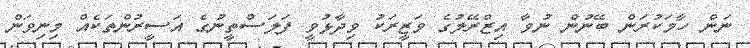
ނަން ހާމަކުރަން ބޭނުން ނުވާ އިޒްރޭލުގެ ވަޒީރަކު ވިދާޅުވީ ފަލަސްތީނުގެ އަސީރުންތަކެއް މިނިވަން